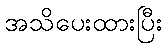
အသိပေးထားပြီး